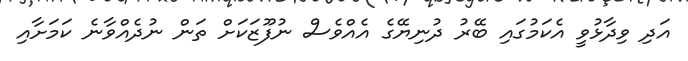
އަދި ވިދާޅުވީ އެކަމުގައި ބޭރު ދުނިޔޭގެ އެއްވެސް ނުފޫޒަކަށް ތަން ނުދެއްވާނެ ކަމަށާއި